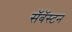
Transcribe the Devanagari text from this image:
सॅबॅस्टन